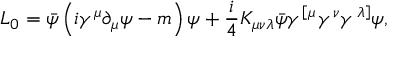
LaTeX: { \cal L } _ { 0 } = \bar { \psi } \left( i \gamma ^ { \mu } \partial _ { \mu } \psi - m \right) \psi + \frac { i } { 4 } K _ { \mu \nu \lambda } \bar { \psi } \gamma ^ { \left[ \mu \right. } \gamma ^ { \nu } \gamma ^ { \left. \lambda \right] } \psi ,